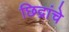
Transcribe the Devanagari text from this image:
छिद्रांचे